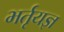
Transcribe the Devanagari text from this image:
भर्तृयज्ञ